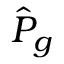
\hat { P } _ { g }